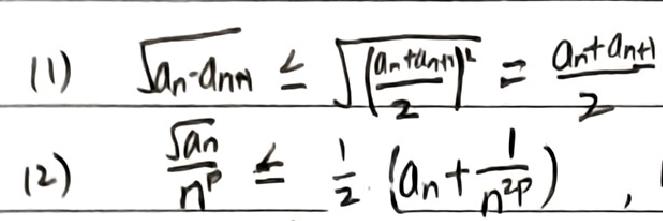
(1) \(\sqrt{a_{n}a_{n + 1}}\leq\sqrt{(\frac{a_{n}+a_{n + 1}}{2})^{2}}=\frac{a_{n}+a_{n + 1}}{2}\)
(2) \(\frac{\sqrt{a_{n}}}{n^{p}}\leq\frac{1}{2}(a_{n}+\frac{1}{n^{2p}})\)